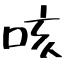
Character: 咳